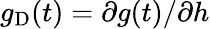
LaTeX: g_{\mathrm{D}}(t)=\partial g(t)/\partial h